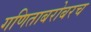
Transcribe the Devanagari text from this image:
गणिताबरोबरच